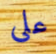
على